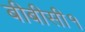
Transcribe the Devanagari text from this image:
बीबीसी१